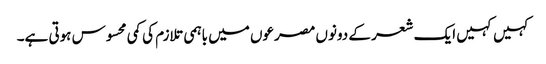
کہیں کہیں ایک شعر کے دونوں مصرعوں میں باہمی تلازم کی کمی محسوس ہوتی ہے۔